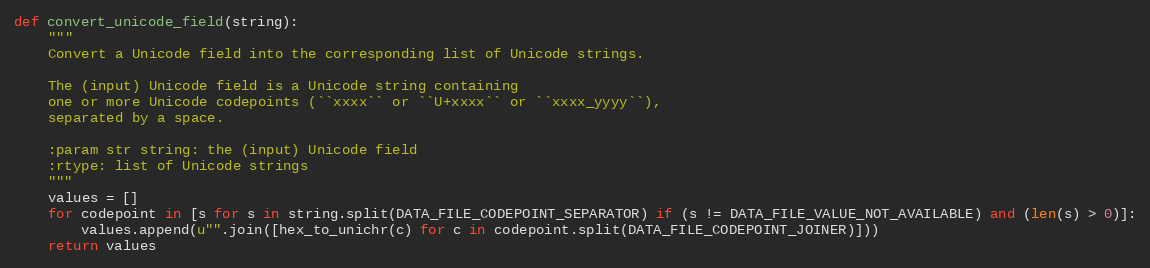
Language: Python
def convert_unicode_field(string):
    """
    Convert a Unicode field into the corresponding list of Unicode strings.

    The (input) Unicode field is a Unicode string containing
    one or more Unicode codepoints (``xxxx`` or ``U+xxxx`` or ``xxxx_yyyy``),
    separated by a space.

    :param str string: the (input) Unicode field
    :rtype: list of Unicode strings
    """
    values = []
    for codepoint in [s for s in string.split(DATA_FILE_CODEPOINT_SEPARATOR) if (s != DATA_FILE_VALUE_NOT_AVAILABLE) and (len(s) > 0)]:
        values.append(u"".join([hex_to_unichr(c) for c in codepoint.split(DATA_FILE_CODEPOINT_JOINER)]))
    return values